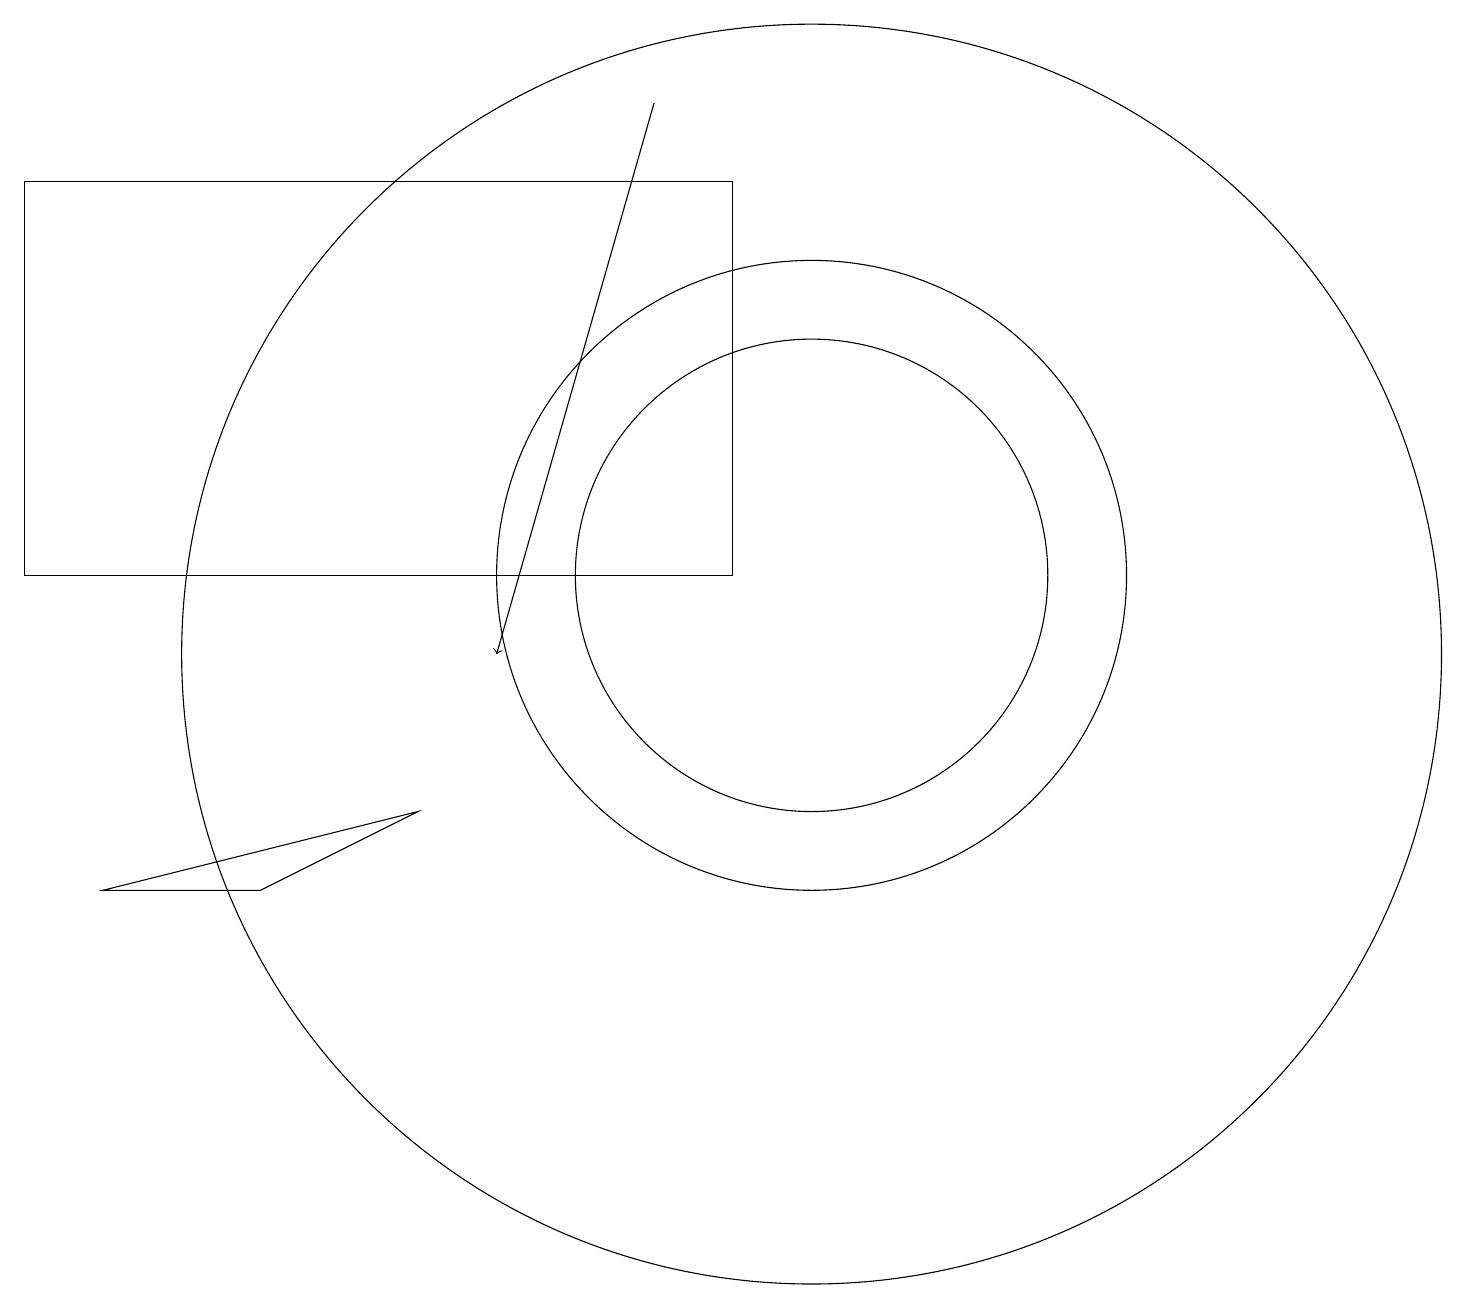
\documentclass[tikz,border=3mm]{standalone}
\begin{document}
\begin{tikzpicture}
\draw (0,16) rectangle (9,11);
\draw (10,11) circle (3);
\draw (10,11) circle (4);
\draw (10,10) circle (8);
\draw[->] (8,17) -- (6,10);
\draw (5,8) -- (1,7) -- (3,7) -- cycle;
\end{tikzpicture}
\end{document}